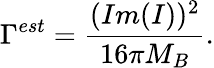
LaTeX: \Gamma^{est}=\frac{(Im(I))^{2}}{16\pi M_{B}}.